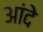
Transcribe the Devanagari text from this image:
आंदे